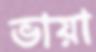
ভায়া